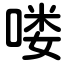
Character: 喽